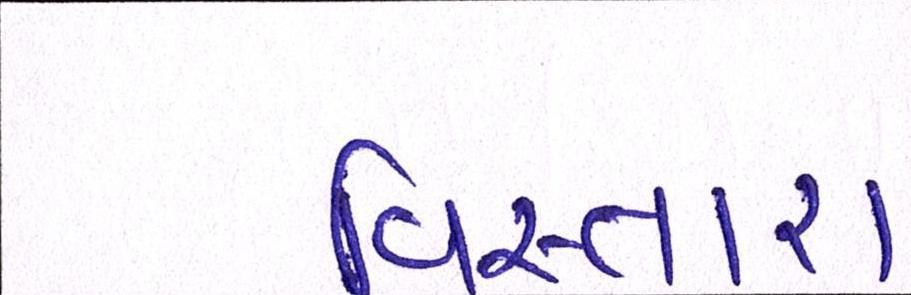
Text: વિસ્તારા